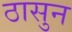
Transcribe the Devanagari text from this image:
ठासुन